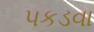
પકડવા